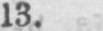
13.